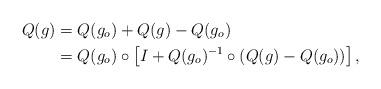
LaTeX: \begin{align*} Q(g)&= Q(g_o)+Q(g)-Q(g_o)\\ &=Q(g_o)\circ\left[I+Q(g_o)^{-1}\circ\left(Q(g)-Q(g_o)\right)\right], \end{align*}